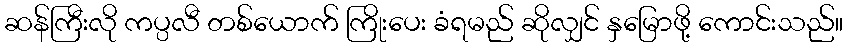
ဆန်ကြီးလို ကပ္ပလီ တစ်ယောက် ကြိုးပေး ခံရမည် ဆိုလျှင် နှမြောဖို့ ကောင်းသည်။